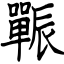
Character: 辴